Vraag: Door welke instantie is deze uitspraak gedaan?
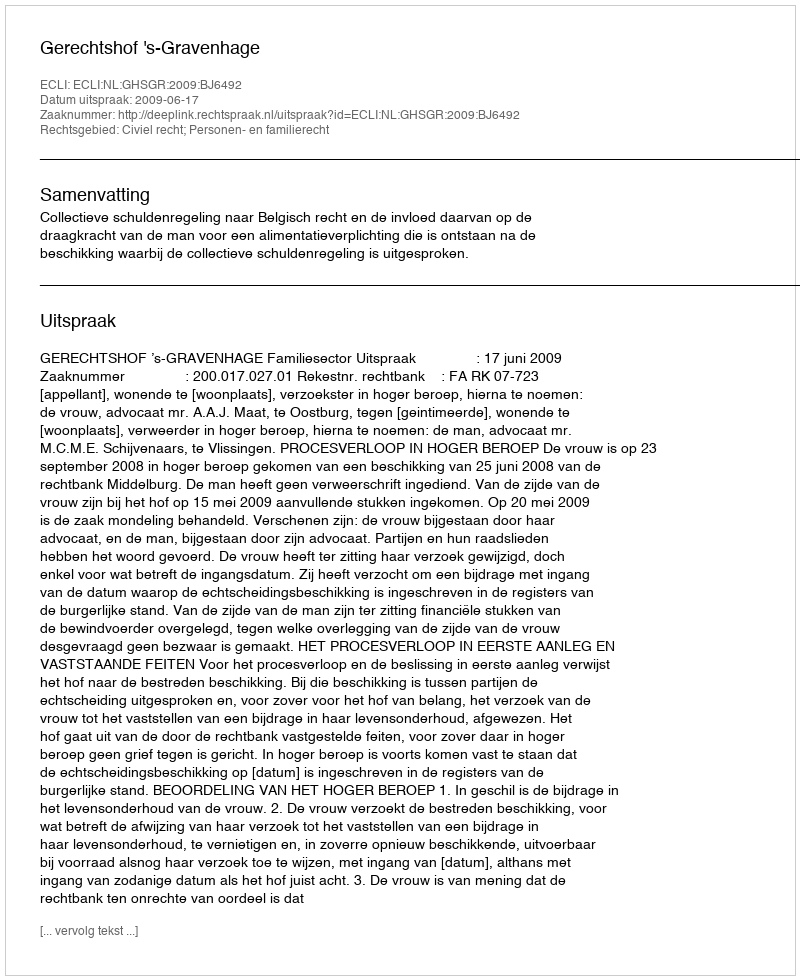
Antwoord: Gerechtshof 's-Gravenhage